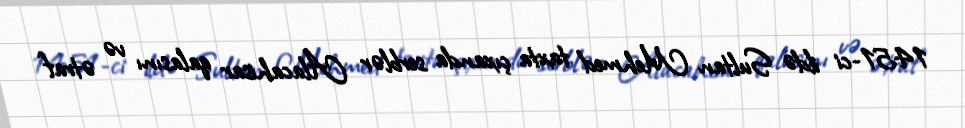
1451-ci ildə Sultan Mehmed taxta çıxanda serblər Alacahisar qalasını və ətraf